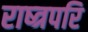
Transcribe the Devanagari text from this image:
राष्त्रपरि